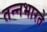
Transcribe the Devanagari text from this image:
तन्नभारते